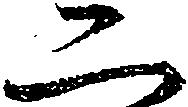
二